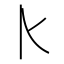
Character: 𰀠